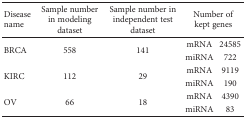
| Disease name | Sample number in modeling dataset | Sample number in independent test dataset | <COLSPAN=2> Number of kept genes |
 | --- | --- | --- | --- | --- |
 | <ROWSPAN=2> BRCA | <ROWSPAN=2> 558 | <ROWSPAN=2> 141 | mRNA | 24585 |
 | miRNA | 722 |
 | <ROWSPAN=2> KIRC | <ROWSPAN=2> 112 | <ROWSPAN=2> 29 | mRNA | 9119 |
 | miRNA | 190 |
 | <ROWSPAN=2> OV | <ROWSPAN=2> 66 | <ROWSPAN=2> 18 | mRNA | 4390 |
 | miRNA | 83 |